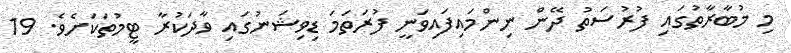
މި މުބާރާތުގައި ފުރުސަތު ދޭން ނިންމައިފައިވަނީ ފުރަތަމަ ޑިވިޝަނުގައި ވާދަކުރާ ޓީމުތަކަށެވެ. 19